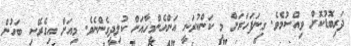
ދަރިބޮޑުކޮށް ވިއްސުމެވެ. ގިނަފަހަރަށް މި ކަންކުރަނީ އަންހެންމީހާއަށް ކުލިދީގެންނެވެ. މިއަށް އިގެރޭސި ބަހުން